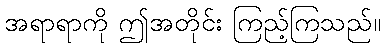
အရာရာကို ဤအတိုင်း ကြည့်ကြသည်။